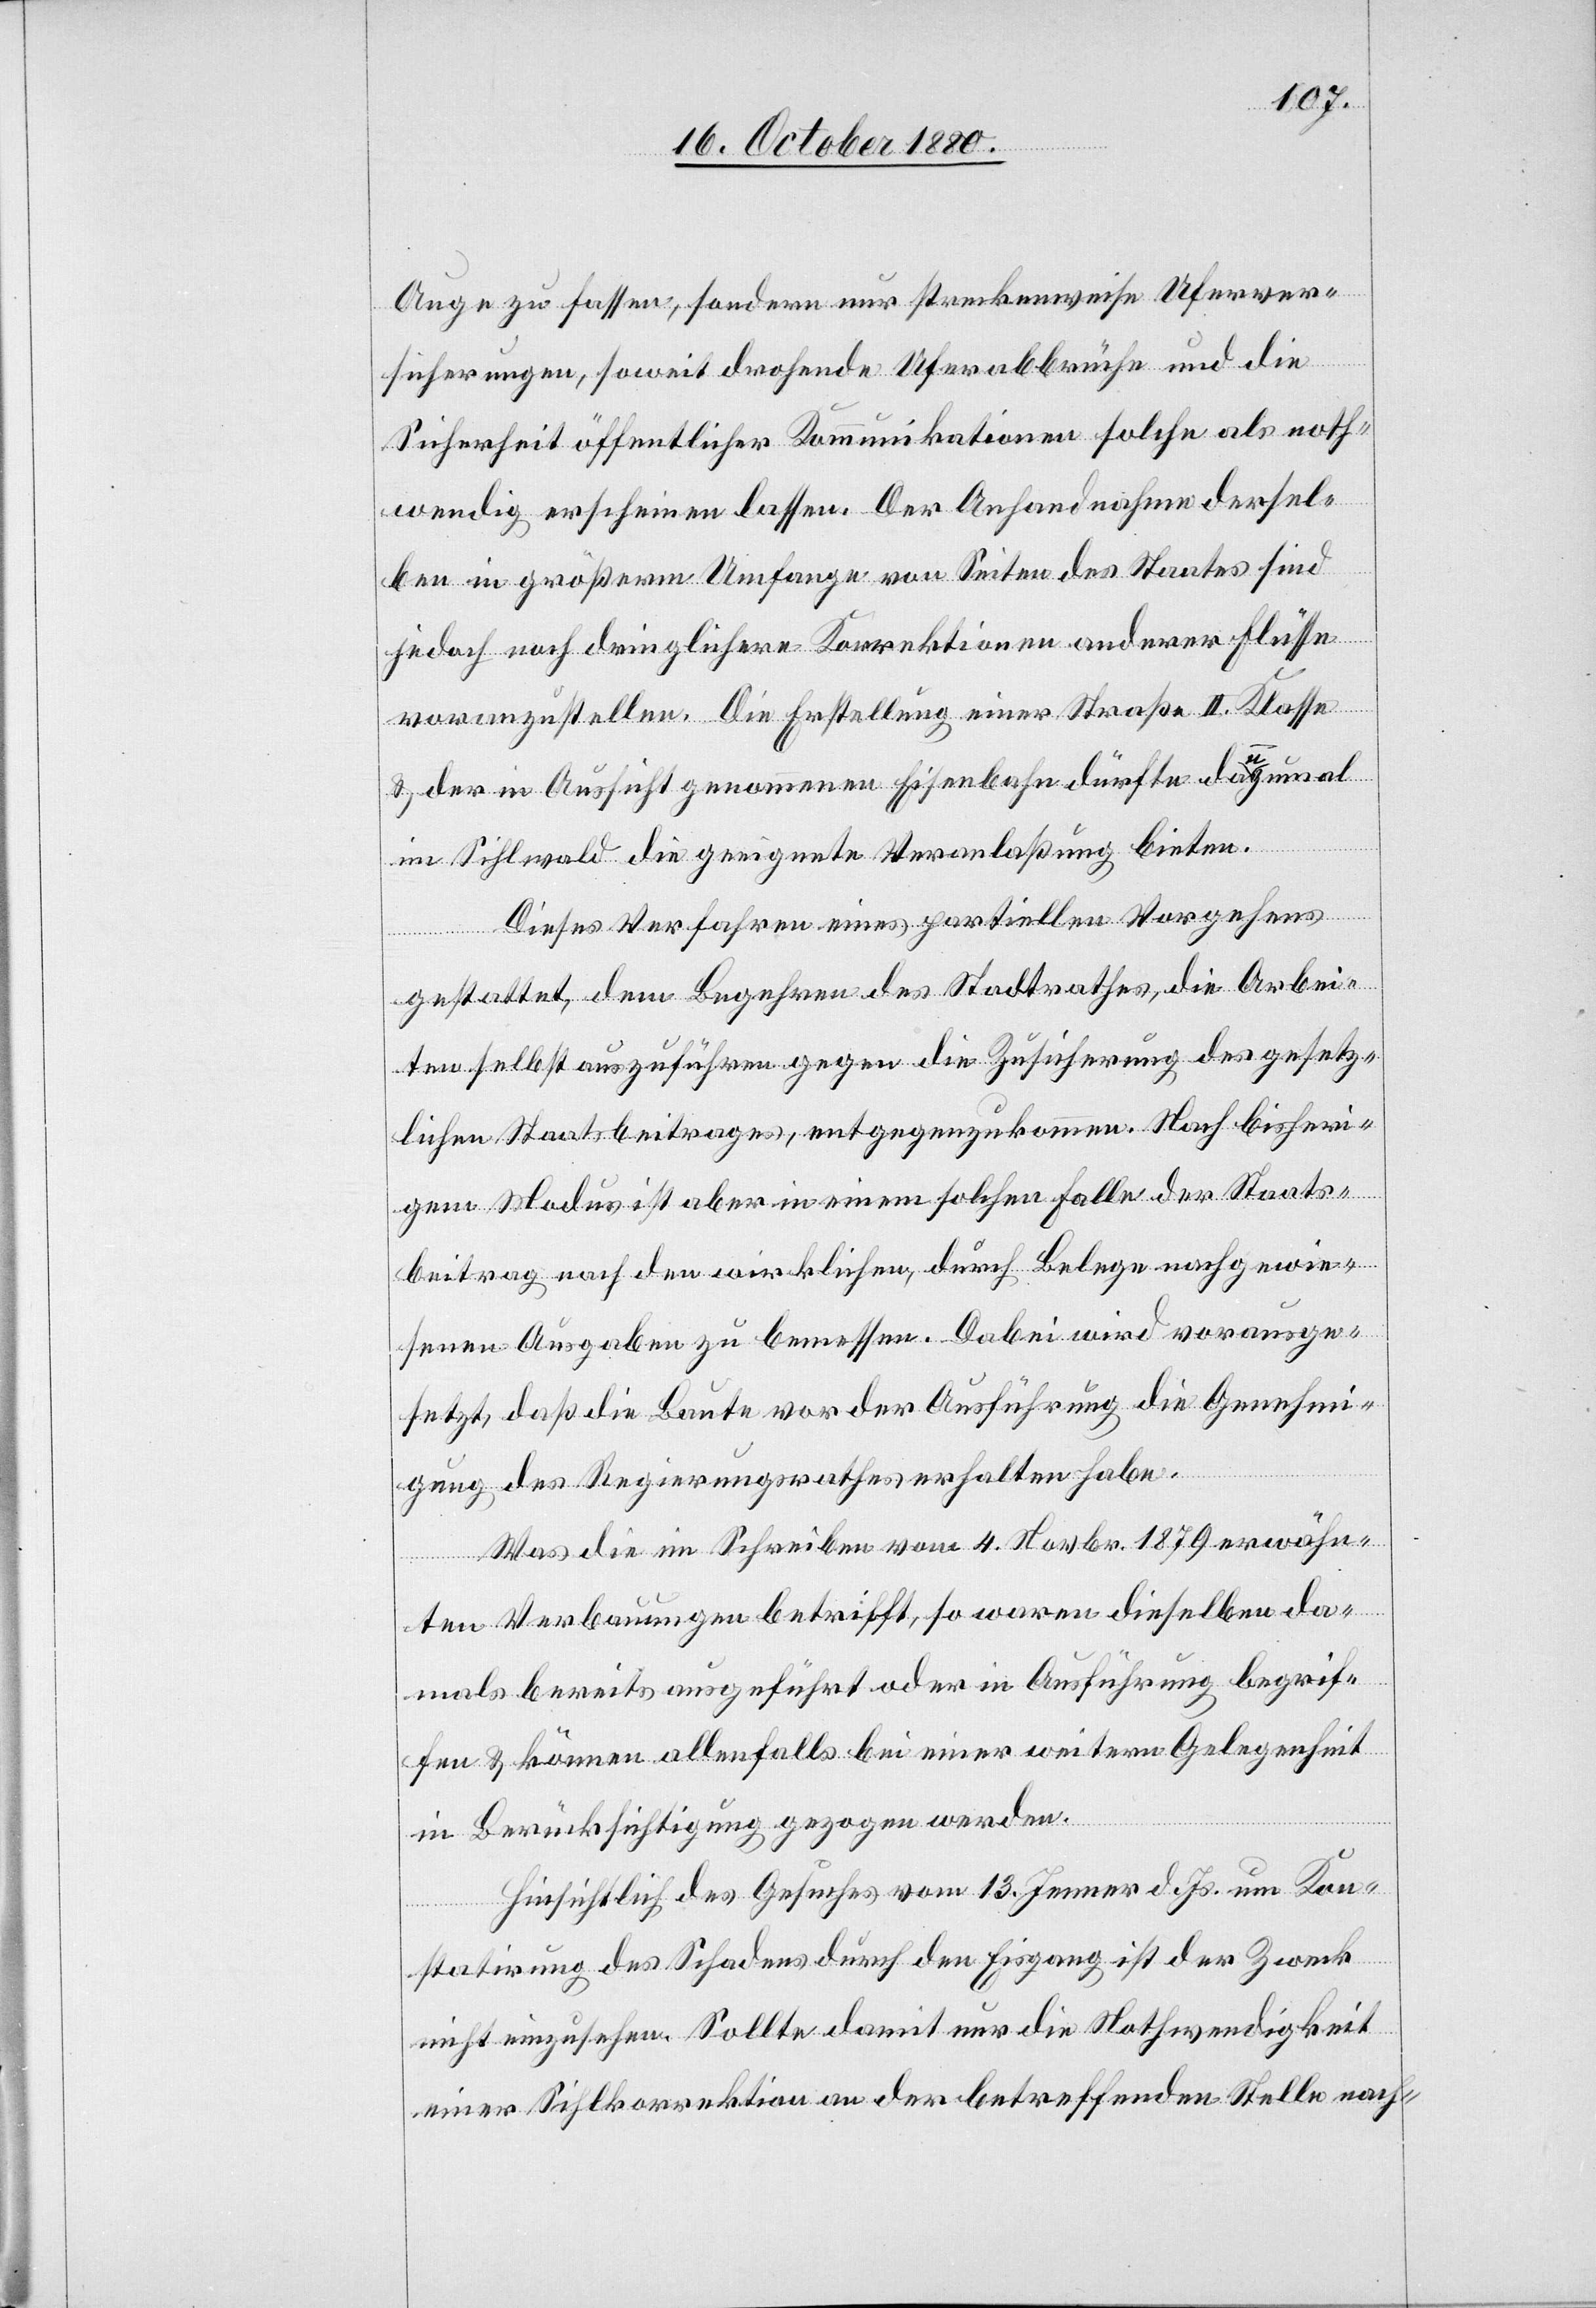
Auge zu fassen, sondern nur streckenweise Uferver¬
sicherungen, soweit drohende Uferabbrüche und die
Sicherheit öffentlicher Kommunikationen solche als noth¬
wendig erschienen lassen. Der Anhandnahme dersel¬
ben in größerm Umfange von Seiten des Staates sind
jedoch noch dringlichere Korrektionen anderer Flüsse
voranzustellen. Die Erstellung einer Straße II. Klasse
& der in Aussicht genommenen Eisenbahn dürfte dazumal
im Sihlwald die geeignete Veranlaßung bieten.
Dieses Verfahren eines partiellen Vorgehens
gestattet, dem Begehren des Stadtrathes, die Arbei¬
ten selbst auszuführen gegen die Zusicherung des gesetz¬
lichen Staatsbeitrages, entgegenzukommen. Nach bisheri¬
gem Modus ist aber in einem solchen Falle der Staats¬
beitrag nach den wirklichen, durch Belege nachgewie¬
senen Ausgaben zu bemessen. Dabei wird vorausge¬
setzt, daß die Baute vor der Ausführung die Genehmi¬
gung des Regierungsrathes erhalten habe.
Was die im Schreiben vom 4. Novbr. 1879 erwähn¬
ten Verbauungen betrifft, so waren dieselben da¬
mals bereits ausgeführt oder in Ausführung begrif¬
fen & können allenfalls bei einer weitern Gelegenheit
in Berücksichtigung gezogen werden.
Hinsichtlich des Gesuches vom 13. Jenner d. Js. um Kon¬
statirung des Schadens durch den Eisgang ist der Zweck
nicht einzusehen. Sollte damit nur die Nothwendigkeit
einer Sihlkorrektion an der betreffenden Stelle nach-